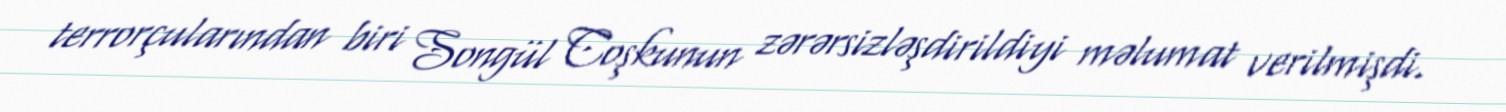
terrorçularından biri Songül Coşkunun zərərsizləşdirildiyi məlumat verilmişdi.